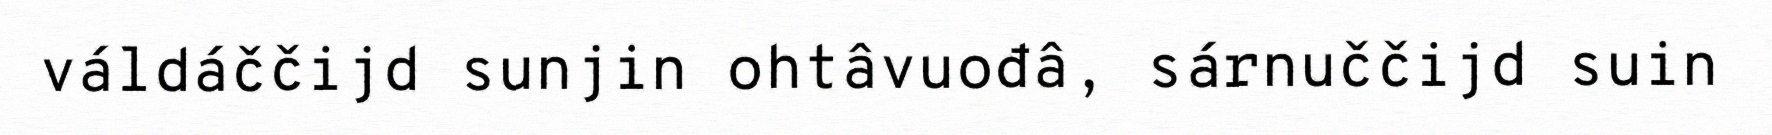
váldáččijd sunjin ohtâvuođâ, sárnuččijd suin